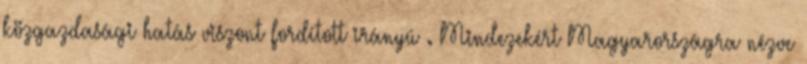
közgazdasági hatás viszont fordított irányú . Mindezekért Magyarországra nézve